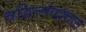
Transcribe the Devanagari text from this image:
वडिलांपश्चात